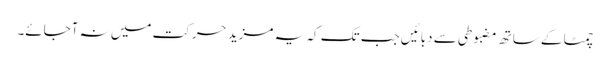
چمٹا کے ساتھ مضبوطی سے دبائیں جب تک کہ یہ مزید حرکت میں نہ آجائے۔